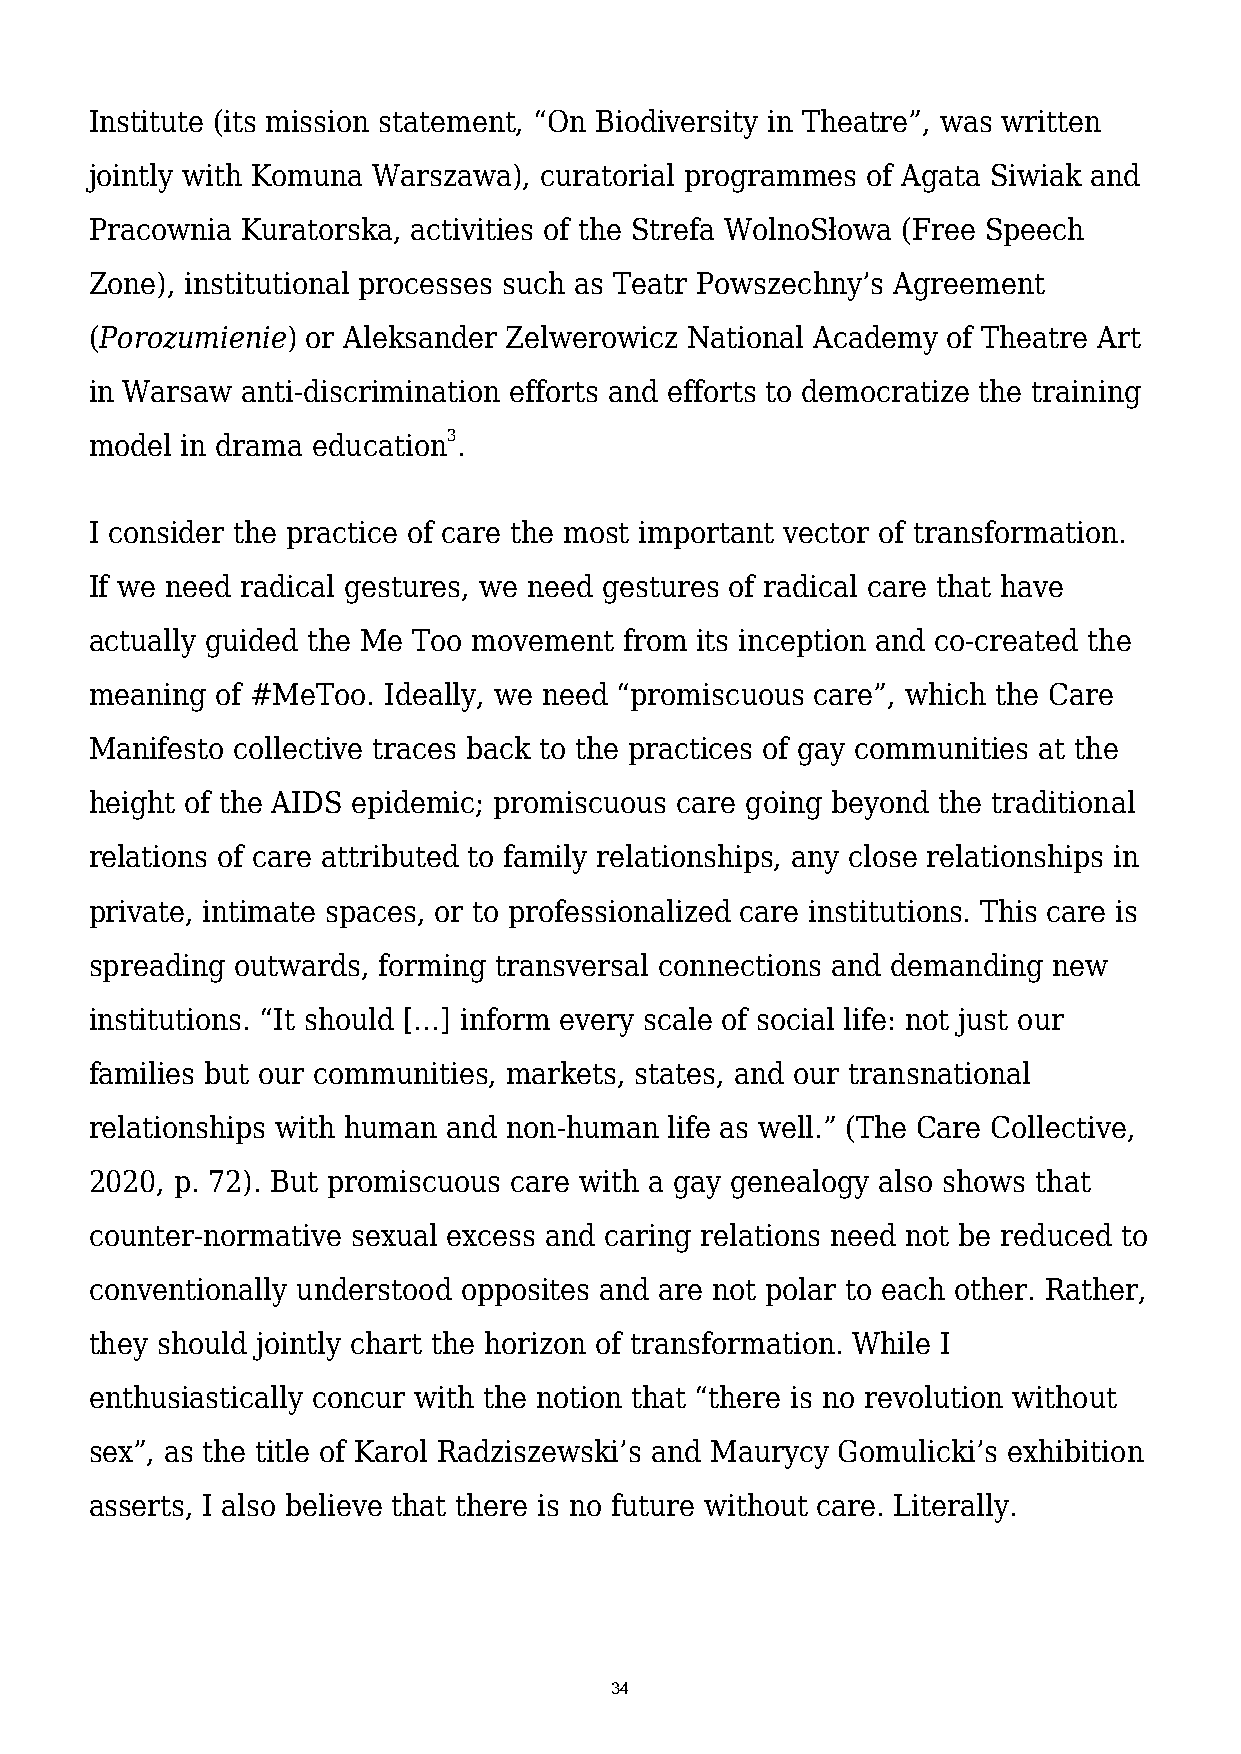
Institute (its mission statement, “On Biodiversity in Theatre”, was written
 jointly with Komuna Warszawa), curatorial programmes of Agata Siwiak and
 Pracownia Kuratorska, activities of the Strefa WolnoSłowa (Free Speech
 Zone), institutional processes such as Teatr Powszechny’s Agreement
 (Porozumienie) or Aleksander Zelwerowicz National Academy of Theatre Art
 in Warsaw anti-discrimination efforts and efforts to democratize the training
 model in drama education3.
 I consider the practice of care the most important vector of transformation.
 If we need radical gestures, we need gestures of radical care that have
 actually guided the Me Too movement from its inception and co-created the
 meaning of #MeToo. Ideally, we need “promiscuous care”, which the Care
 Manifesto collective traces back to the practices of gay communities at the
 height of the AIDS epidemic; promiscuous care going beyond the traditional
 relations of care attributed to family relationships, any close relationships in
 private, intimate spaces, or to professionalized care institutions. This care is
 spreading outwards, forming transversal connections and demanding new
 institutions. “It should […] inform every scale of social life: not just our
 families but our communities, markets, states, and our transnational
 relationships with human and non-human life as well.” (The Care Collective,
 2020, p. 72). But promiscuous care with a gay genealogy also shows that
 counter-normative sexual excess and caring relations need not be reduced to
 conventionally understood opposites and are not polar to each other. Rather,
 they should jointly chart the horizon of transformation. While I
 enthusiastically concur with the notion that “there is no revolution without
 sex”, as the title of Karol Radziszewski’s and Maurycy Gomulicki’s exhibition
 asserts, I also believe that there is no future without care. Literally.
 34